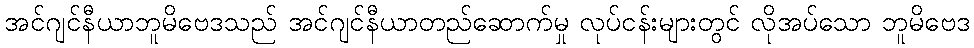
အင်ဂျင်နီယာဘူမိဗေဒသည် အင်ဂျင်နီယာတည်ဆောက်မှု လုပ်ငန်းများတွင် လိုအပ်သော ဘူမိဗေဒ